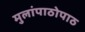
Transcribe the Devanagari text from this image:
मुलांपाठोपाठ